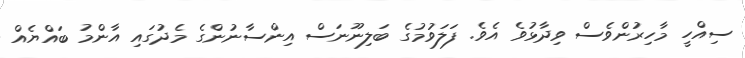
ސިއްހީ މާހިރުންވެސް ވިދާޅުވެ އެވެ. ފަލަވުމުގެ ބަލިނޫނަސް އިންސާނުންގެ މެދުގައި އާންމު ބައްޔެއް